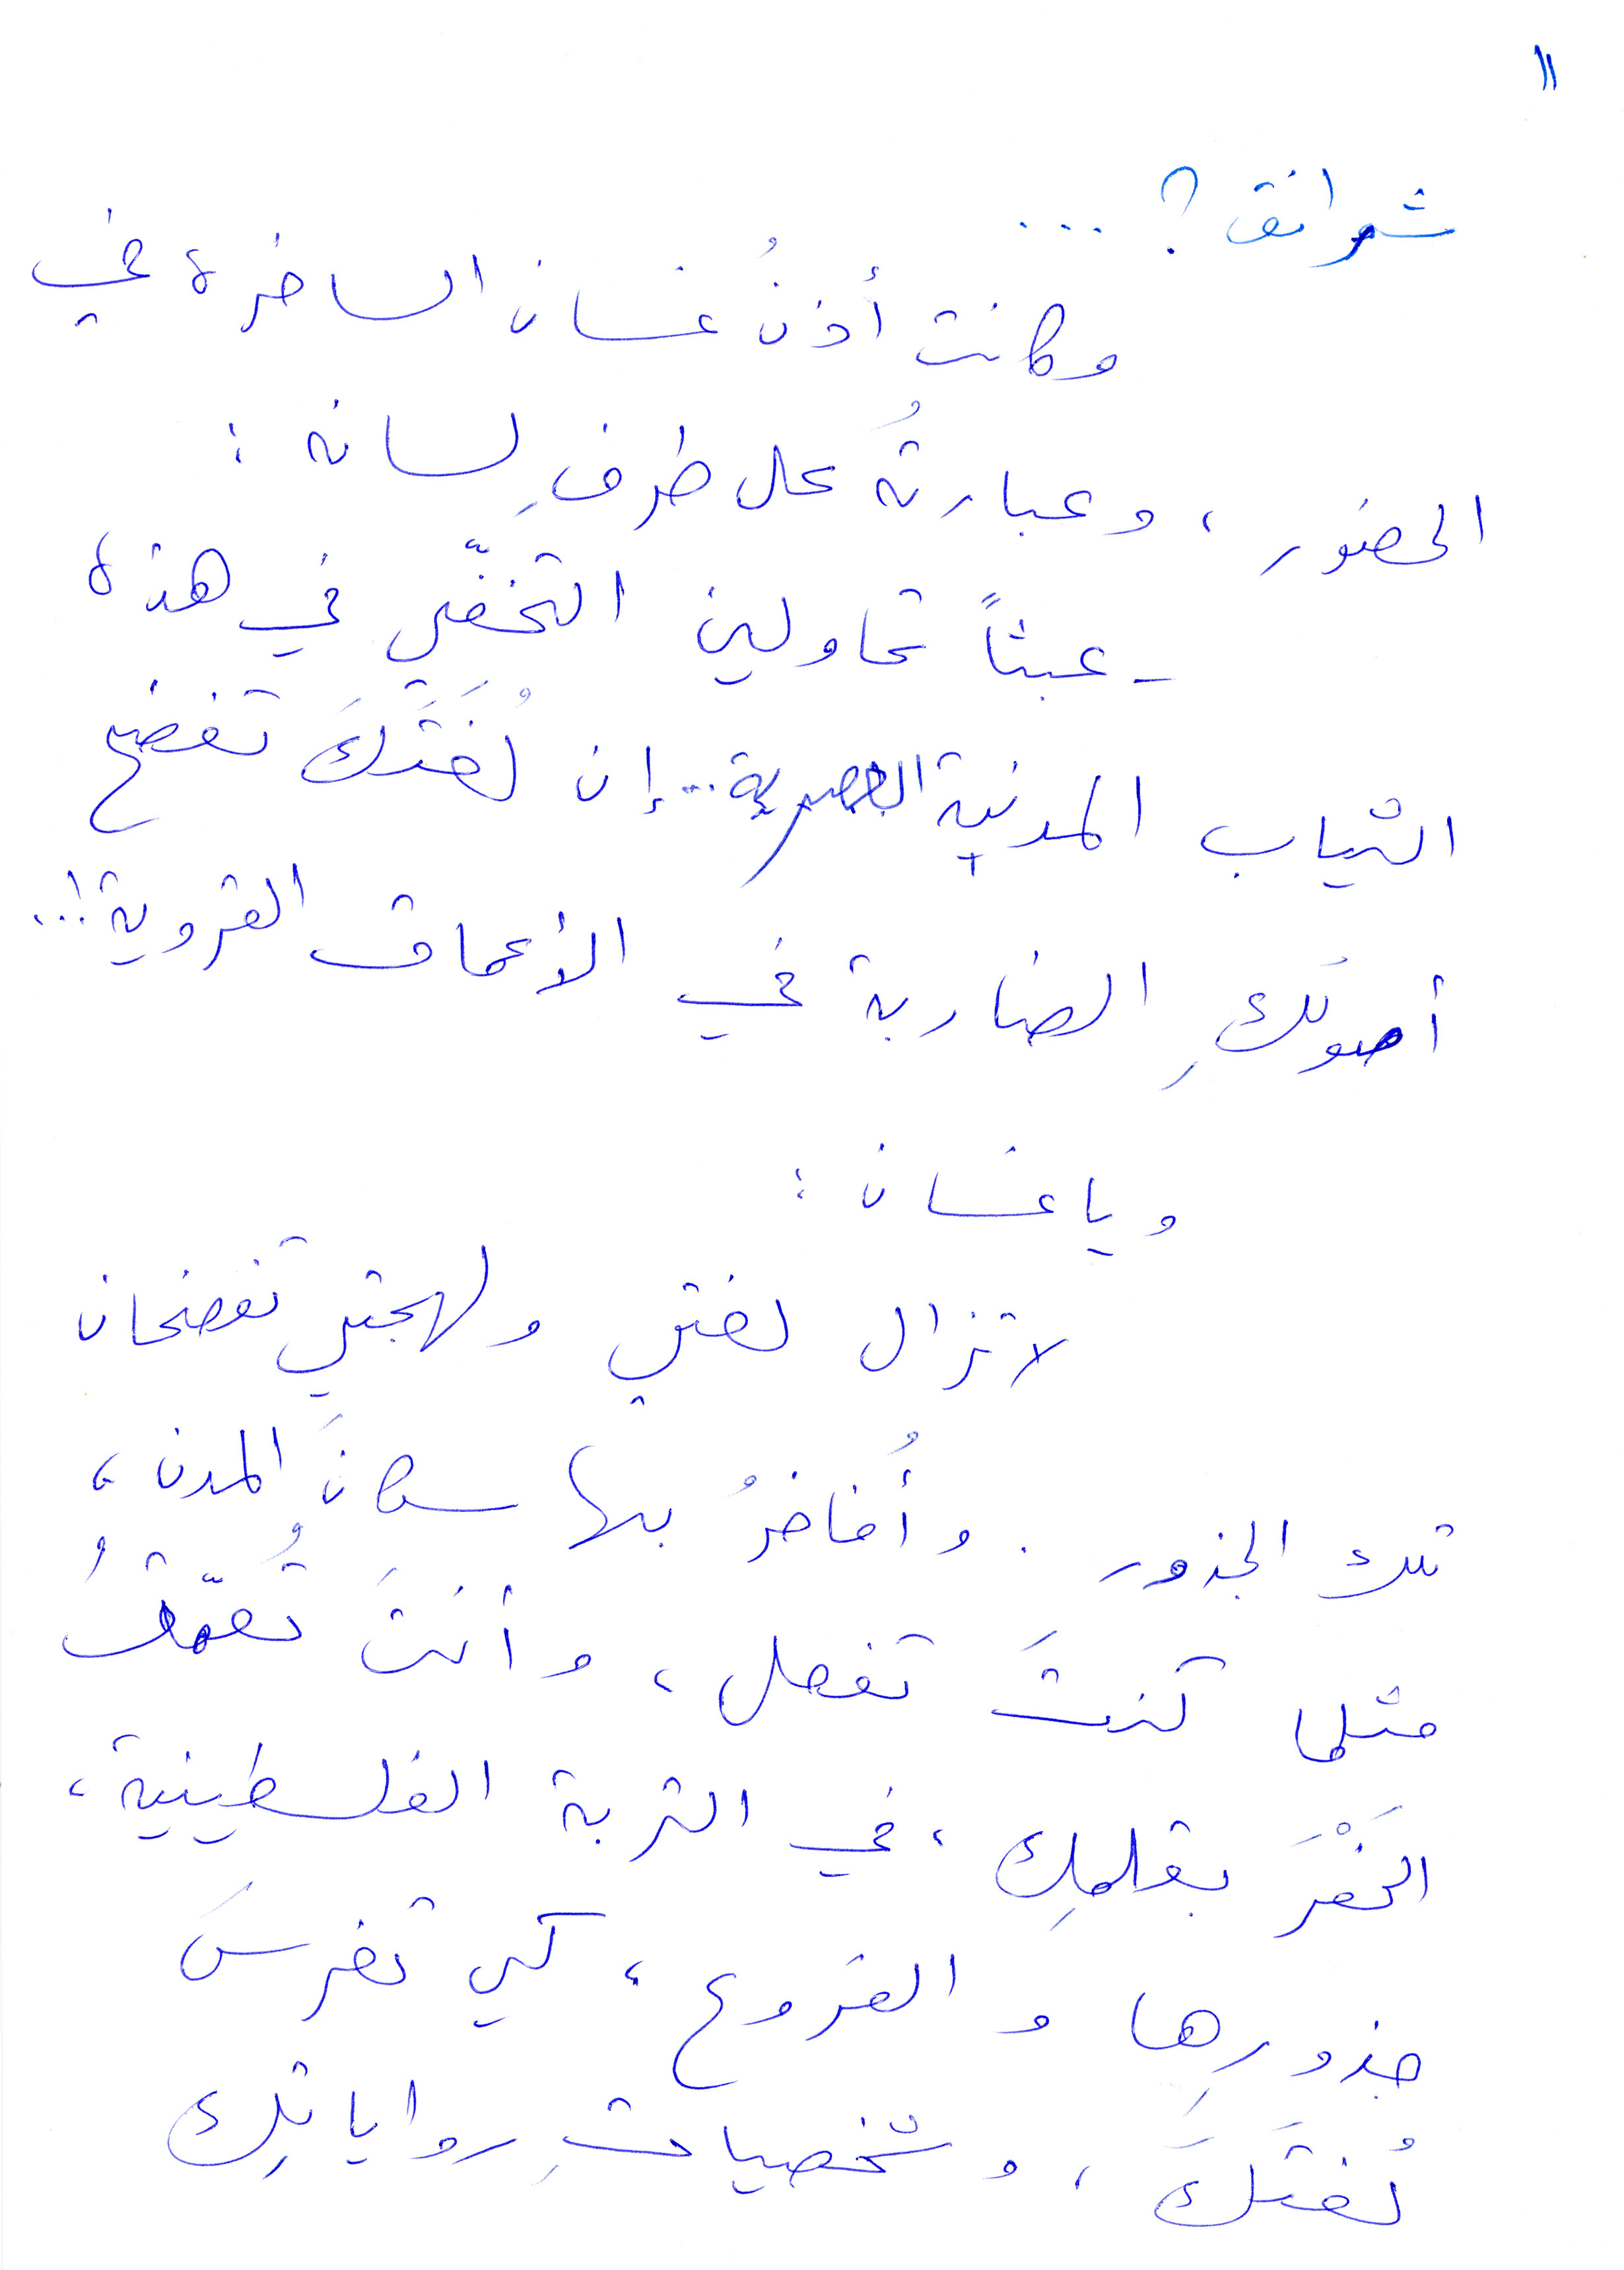
شرانق؟...
وكانت أذن غسان الساخرة في
الحضور، وعبارته على طرف لسانه:
عبثًا تاولين التخفّي في هذه
الثياب المدنية العصرية... ان لتك تفضح
اصولك الصاربة في الأعماق القروية!...
ويا غسان:
لا تزال لغتي ولهجتي تفضحان
تلك الجذور. وأفاخر بها سكان المدن،
مثل كنتَ تفعل، وانتَ تعمّقُ
الحَفْرَ بقلمك، في التربة الفلسطينية،
جذورها والفروع، كي تغرس
لغتكَ، وشخصيات رواياتِك